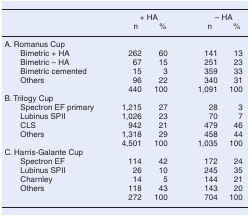
<table><thead><tr><td></td><td colspan="2"><b>+ HA</b></td><td colspan="2"><b>– HA</b></td></tr><tr><td></td><td><b>n</b></td><td><b>%</b></td><td><b>n</b></td><td><b>%</b></td></tr></thead><tbody><tr><td colspan="5">A. Romanus Cup</td></tr><tr><td> Bimetric + HA</td><td>262</td><td>60</td><td>141</td><td>13</td></tr><tr><td> Bimetric – HA</td><td>67</td><td>15</td><td>251</td><td>23</td></tr><tr><td> Bimetric cemented</td><td>15</td><td>3</td><td>359</td><td>33</td></tr><tr><td> Others</td><td>96</td><td>22</td><td>340</td><td>31</td></tr><tr><td></td><td>440</td><td>100</td><td>1,091</td><td>100</td></tr><tr><td colspan="5">B. Trilogy Cup</td></tr><tr><td> Spectron EF primary</td><td>1,215</td><td>27</td><td>28</td><td>3</td></tr><tr><td> Lubinus SPII</td><td>1,026</td><td>23</td><td>70</td><td>7</td></tr><tr><td> CLS</td><td>942</td><td>21</td><td>479</td><td>46</td></tr><tr><td> Others</td><td>1,318</td><td>29</td><td>458</td><td>44</td></tr><tr><td></td><td>4,501</td><td>100</td><td>1,035</td><td>100</td></tr><tr><td colspan="5">C. Harris-Galante Cup</td></tr><tr><td> Spectron EF</td><td>114</td><td>42</td><td>172</td><td>24</td></tr><tr><td> Lubinus SPII</td><td>26</td><td>10</td><td>245</td><td>35</td></tr><tr><td> Charnley</td><td>14</td><td>5</td><td>144</td><td>21</td></tr><tr><td> Others</td><td>118</td><td>43</td><td>143</td><td>20</td></tr><tr><td></td><td>272</td><td>100</td><td>704</td><td>100</td></tr></tbody></table>